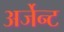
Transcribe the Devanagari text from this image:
अर्जेन्ट